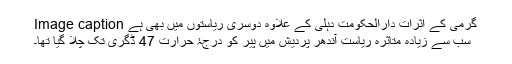
Image caption گرمی کے اثرات دارالحکومت دہلی کے علاوہ دوسری ریاستوں میں بھی ہے
سب سے زیادہ متاثرہ ریاست آندھر پردیش میں پیر کو درجۂ حرارت 47 ڈگری تک چلا گیا تھا۔